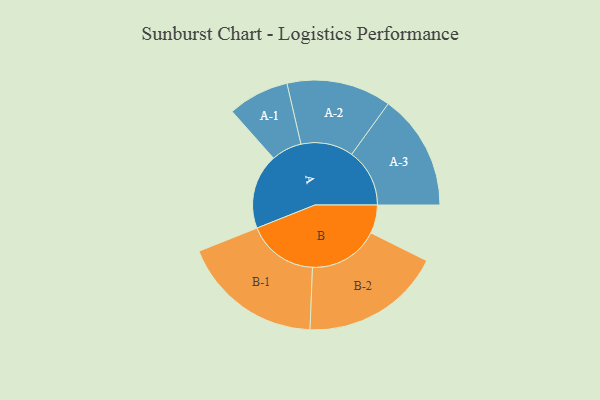
{"axis": {"x": "Segment", "y": "Value"}, "legend": ["", "A", "B"], "data": [{"x": "A", "y": 307, "type": ""}, {"x": "B", "y": 116, "type": ""}, {"x": "A-1", "y": 125, "type": "A"}, {"x": "A-2", "y": 214, "type": "A"}, {"x": "A-3", "y": 237, "type": "A"}, {"x": "B-1", "y": 289, "type": "B"}, {"x": "B-2", "y": 288, "type": "B"}]}